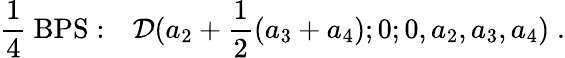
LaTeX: {\frac{1}{4}}\mathrm{~BPS:}\quad{\cal D}(a_{2}+{\frac{1}{2}}(a_{3}+a_{4});0;0,a_{2},a_{3},a_{4})\; .